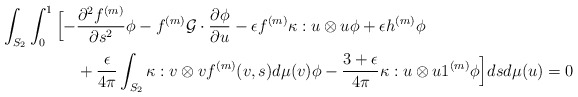
\begin{align*}\int_{S_2}\int_{0}^1\Big[-&\frac{\partial^2f^{(m)}}{\partial s^2}\phi- f^{(m)}\mathcal{G}\cdot\frac{\partial \phi}{\partial u}-\epsilon f^{(m)}\kappa : u\otimes u \phi+\epsilon h^{(m)} \phi\\&+\dfrac{\epsilon}{4\pi}\int_{S_2}\kappa:v \otimes vf^{(m)}(v,s )d\mu(v)\phi-\dfrac{3+\epsilon}{4\pi}\kappa:u \otimes u 1^{(m)}\phi\Big]dsd\mu(u)= 0\end{align*}